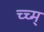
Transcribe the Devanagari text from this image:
च्च्म्